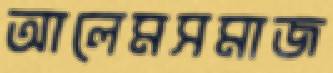
আলেমসমাজ